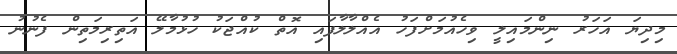
މިދިޔަ އަހަރު ނިންމައިލީ ވިހެއުމަށްފަހު އެއްލާލާފައި އޮތް ކުއްޖަކު ހުޅުމާލޭ އަތިރިމަތިން ފެނުނު